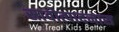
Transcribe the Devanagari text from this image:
स्रावोत्पादनास